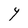
Character: Y